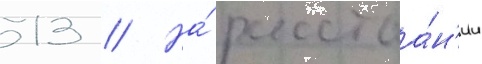
13 // На́ расстоа́н'ии